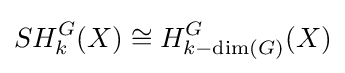
SH_{k}^{G}(X)\cong H_{k-\dim(G)}^{G}(X)